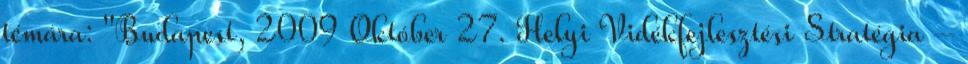
témára: "Budapest, 2009 Október 27. Helyi Vidékfejlesztési Stratégia –